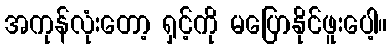
အကုန်လုံးတော့ ရှင့်ကို မပြောနိုင်ဖူးပေါ့။